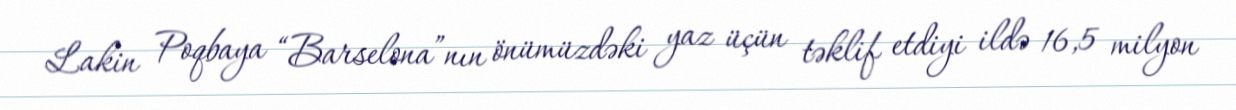
Lakin Poqbaya “Barselona”nın önümüzdəki yaz üçün təklif etdiyi ildə 16,5 milyon